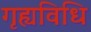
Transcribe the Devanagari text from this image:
गृह्यविधि